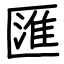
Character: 匯